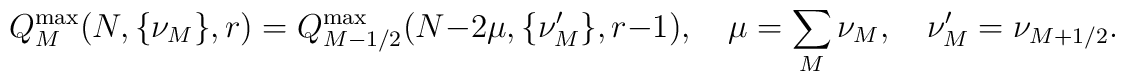
Q_M^{\max}(N,\{\nu_M\},r) = Q_{M-1/2}^{\max}(N-2\mu ,\{\nu_M'\},r-1),\quad \mu = \sum_M \nu_M ,\quad \nu_M'=\nu_{M+1/2}.